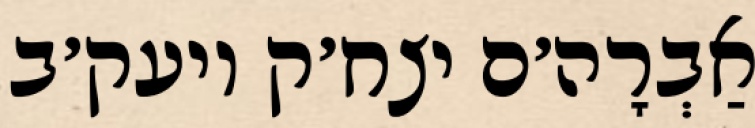
אַבְרָה׳ם יצח׳ק ויעק׳ב